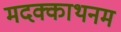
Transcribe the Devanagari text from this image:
मदक्काथनम